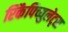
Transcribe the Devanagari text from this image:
रिकैपिच्युलेट्स